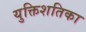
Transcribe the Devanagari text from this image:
युक्तिशतिका